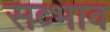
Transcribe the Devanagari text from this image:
सव्भाव